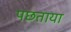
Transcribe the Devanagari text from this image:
पछताया